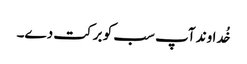
خُداوند آپ سب کو برکت دے۔